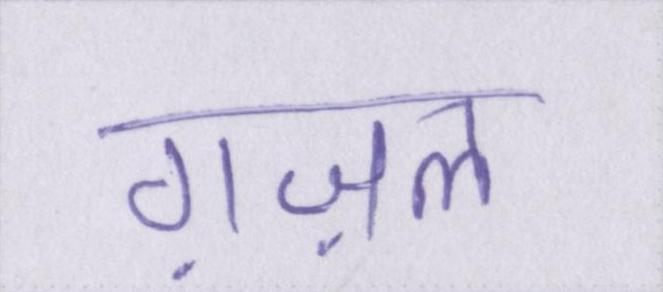
ग़ज़ल